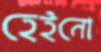
হেইনো